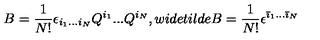
B = \frac 1 { N ! } \epsilon _ { i _ { 1 } . . . i _ { N } } Q ^ { i _ { 1 } } . . . Q ^ { i _ { N } } , w i d e t i l d e { B } = \frac 1 { N ! } \epsilon ^ { { \bar { \imath } } _ { 1 } . . . { \bar { \imath } } _ { N } }